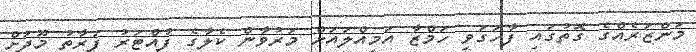
މަންޒަރެއްގެ ގޮތުގައި ފާހަގަވީ ހަމްޒާ އަމިއްލައަށް މަރުވާން ކެލާގެ ފުއްޓަރު ފަރާތު މޫދަށް